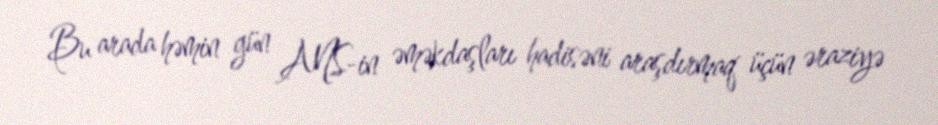
Bu arada həmin gün ANS-in əməkdaşları hadisəni araşdırmaq üçün əraziyə